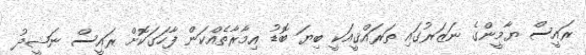
ރައީސް ޔާމީންގެ ނަޒަރުގައި ތަރައްޤީއަކީ ބިޔަ ބޮޑު އިމާރާތެއްކަން ފާހަގަކޮށް ރައީސް ނަޝީދު